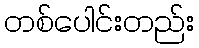
တစ်ပေါင်းတည်း